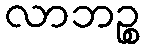
လာဘဉ္စ